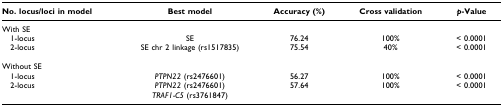
<table><thead><tr><td><b>No. locus/loci in model</b></td><td><b>Best model</b></td><td><b>Accuracy (%)</b></td><td><b>Cross validation</b></td><td><b><i>p</i>-Value</b></td></tr></thead><tbody><tr><td>With SE</td><td></td><td></td><td></td><td></td></tr><tr><td> 1-locus</td><td>SE</td><td>76.24</td><td>100%</td><td>&lt; 0.0001</td></tr><tr><td> 2-locus</td><td>SE chr 2 linkage (rs1517835)</td><td>75.54</td><td>40%</td><td>&lt; 0.0001</td></tr><tr><td>Without SE</td><td></td><td></td><td></td><td></td></tr><tr><td> 1-locus</td><td><i>PTPN22 </i>(rs2476601)</td><td>56.27</td><td>100%</td><td>&lt; 0.0001</td></tr><tr><td> 2-locus</td><td><i>PTPN22 </i>(rs2476601)<i>TRAF1-C5 </i>(rs3761847)</td><td>57.64</td><td>100%</td><td>&lt; 0.0001</td></tr></tbody></table>